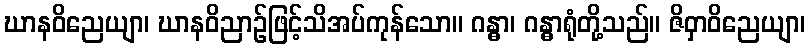
ဃာနဝိညေယျာ၊ ဃာနဝိညာဉ်ဖြင့်သိအပ်ကုန်သော။ ဂန္ဓာ၊ ဂန္ဓာရုံတို့သည်။ ဇိဝှာဝိညေယျာ၊